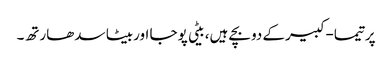
پرتیما-کبیرکے دوبچے ہیں، بیٹی پوجا اوربیٹا سدھارتھ۔